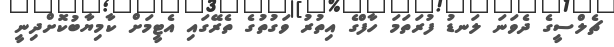
ޗެލްސީގެ ދެވަނަ ލަނޑު ފުރަތަމަ ހާފްގެ އިތުރު ވަގުތުގެ ތެރޭގައި އެޓީމަށް ކާމިޔާބުކޮށްދިނީ